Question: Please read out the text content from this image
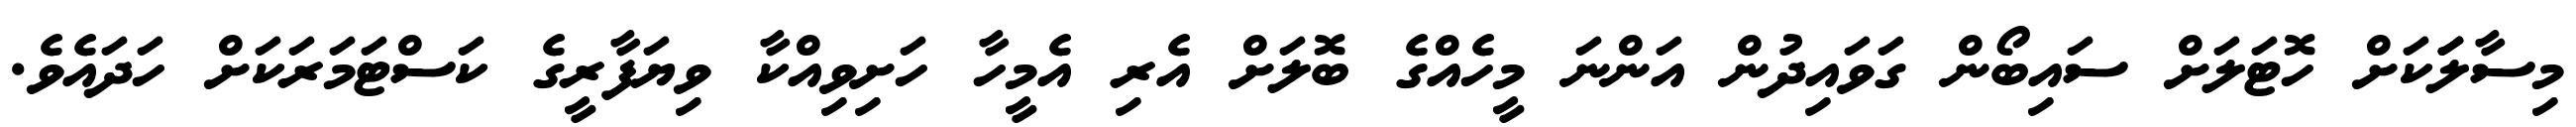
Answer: މިސާލަަކަށް ހޮޓަލަށް ސައިބޯން ގަވައިދުން އަންނަ މީހެއްގެ ބޮލަށް އެރި އެމީހާ ހަށިވިއްކާ ވިޔަފާރީގެ ކަސްޓަމަރަކަށް ހަދައެވެ.